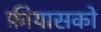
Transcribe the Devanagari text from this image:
फ़ीयासको